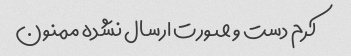
کرم دست و صورت ارسال نشده ممنون